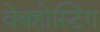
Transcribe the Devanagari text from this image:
वेबहोस्टिंग